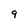
Character: 9